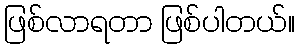
ဖြစ်လာရတာ ဖြစ်ပါတယ်။